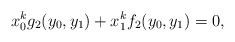
\begin{align*} x_0^kg_2(y_0,y_1)+x_1^kf_2(y_0,y_1)=0,\end{align*}